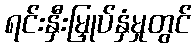
ရင်းနှီးမြှုပ်နှံမှုတွင်